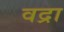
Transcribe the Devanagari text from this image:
वद्रा